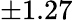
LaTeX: \pm 1.27